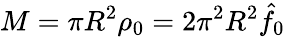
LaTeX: M=\pi R^{2}\rho_{0}=2\pi^{2}R^{2}\hat{f}_{0}